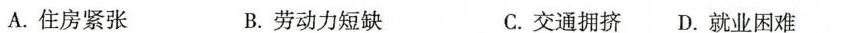
A.住房紧张 B.劳动力短缺 C.交通拥挤D.就业困难